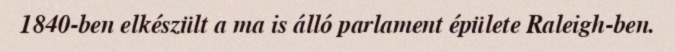
1840-ben elkészült a ma is álló parlament épülete Raleigh-ben.